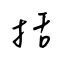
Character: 括